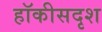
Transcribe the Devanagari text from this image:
हॉकीसदृश